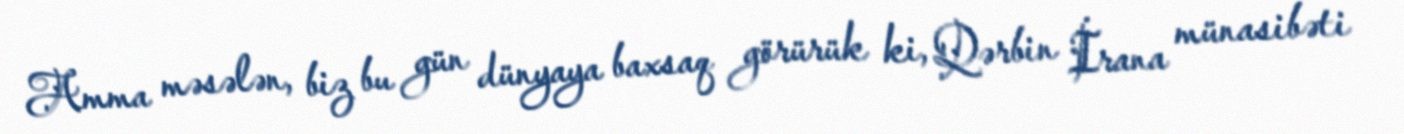
Amma məsələn, biz bu gün dünyaya baxsaq görürük ki, Qərbin İrana münasibəti